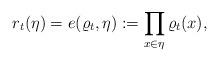
LaTeX: \begin{align*} r_t (\eta) = e(\varrho_t, \eta):= \prod_{x\in \eta} \varrho_t(x),\end{align*}